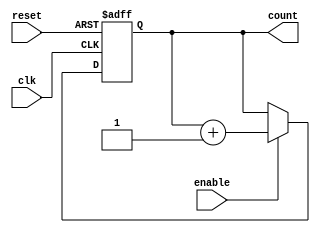
module up_counter_moore #(
    parameter N = 3  // Number of bits for the counter
) (
    input wire clk,       // Clock input
    input wire reset,     // Asynchronous reset input
    input wire enable,    // Enable signal
    output reg [N-1:0] count // Counter output
);

// State transition logic
always @(posedge clk or posedge reset) begin
    if (reset) begin
        count <= 0; // Reset the counter to 0
    end else if (enable) begin
        count <= count + 1; // Increment count
    end
end

endmodule